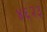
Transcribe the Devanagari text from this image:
४६२३